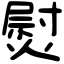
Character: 熨